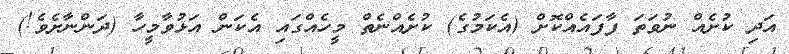
އަދި ކުށެއް ނުވަތަ ފާފައެއްކޮށް (އެކަމުގެ) ކުށެއްނެތް މީހެއްގައި އެކަން އަޅުވާމީހާ (ދަންނާށެވެ!)